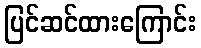
ပြင်ဆင်ထားကြောင်း